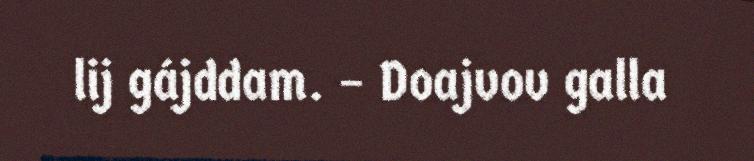
lij gájddam. – Doajvov galla